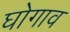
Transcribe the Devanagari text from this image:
घोगाव